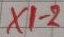
Text: X1-2